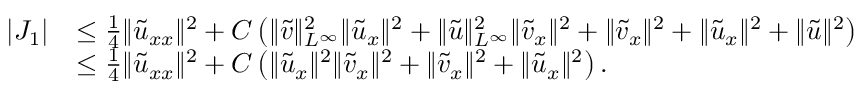
\begin{array} { r l } { | J _ { 1 } | } & { \le \frac 1 4 \| \tilde { u } _ { x x } \| ^ { 2 } + C \left( \| \tilde { v } \| _ { L ^ { \infty } } ^ { 2 } \| \tilde { u } _ { x } \| ^ { 2 } + \| \tilde { u } \| _ { L ^ { \infty } } ^ { 2 } \| \tilde { v } _ { x } \| ^ { 2 } + \| \tilde { v } _ { x } \| ^ { 2 } + \| \tilde { u } _ { x } \| ^ { 2 } + \| \tilde { u } \| ^ { 2 } \right) } \\ & { \le \frac 1 4 \| \tilde { u } _ { x x } \| ^ { 2 } + C \left( \| \tilde { u } _ { x } \| ^ { 2 } \| \tilde { v } _ { x } \| ^ { 2 } + \| \tilde { v } _ { x } \| ^ { 2 } + \| \tilde { u } _ { x } \| ^ { 2 } \right) . } \end{array}